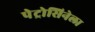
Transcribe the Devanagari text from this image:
पेट्रोसिनेला